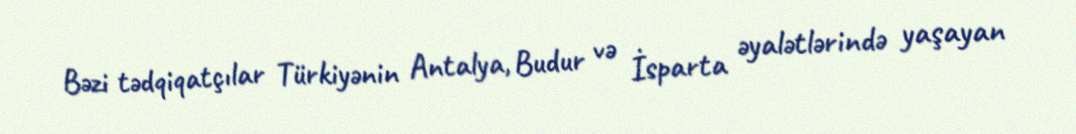
Bəzi tədqiqatçılar Türkiyənin Antalya, Budur və İsparta əyalətlərində yaşayan